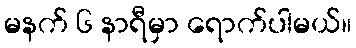
မနက် ၆ နာရီမှာ ရောက်ပါမယ်။